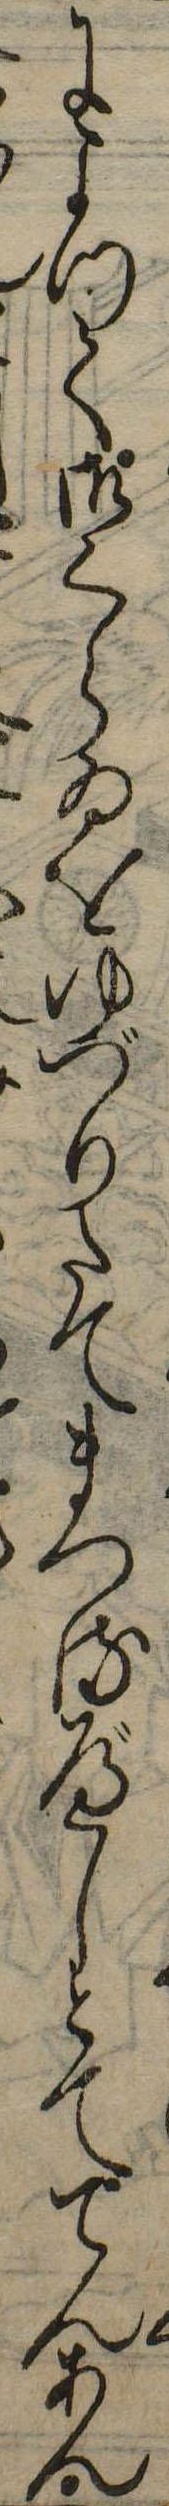
によつて御くらゐをゆづりたてまつるべしとててんあん